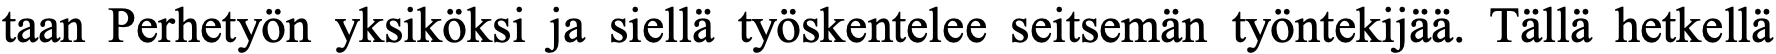
taan Perhetyön yksiköksi ja siellä työskentelee seitsemän työntekijää. Tällä hetkellä